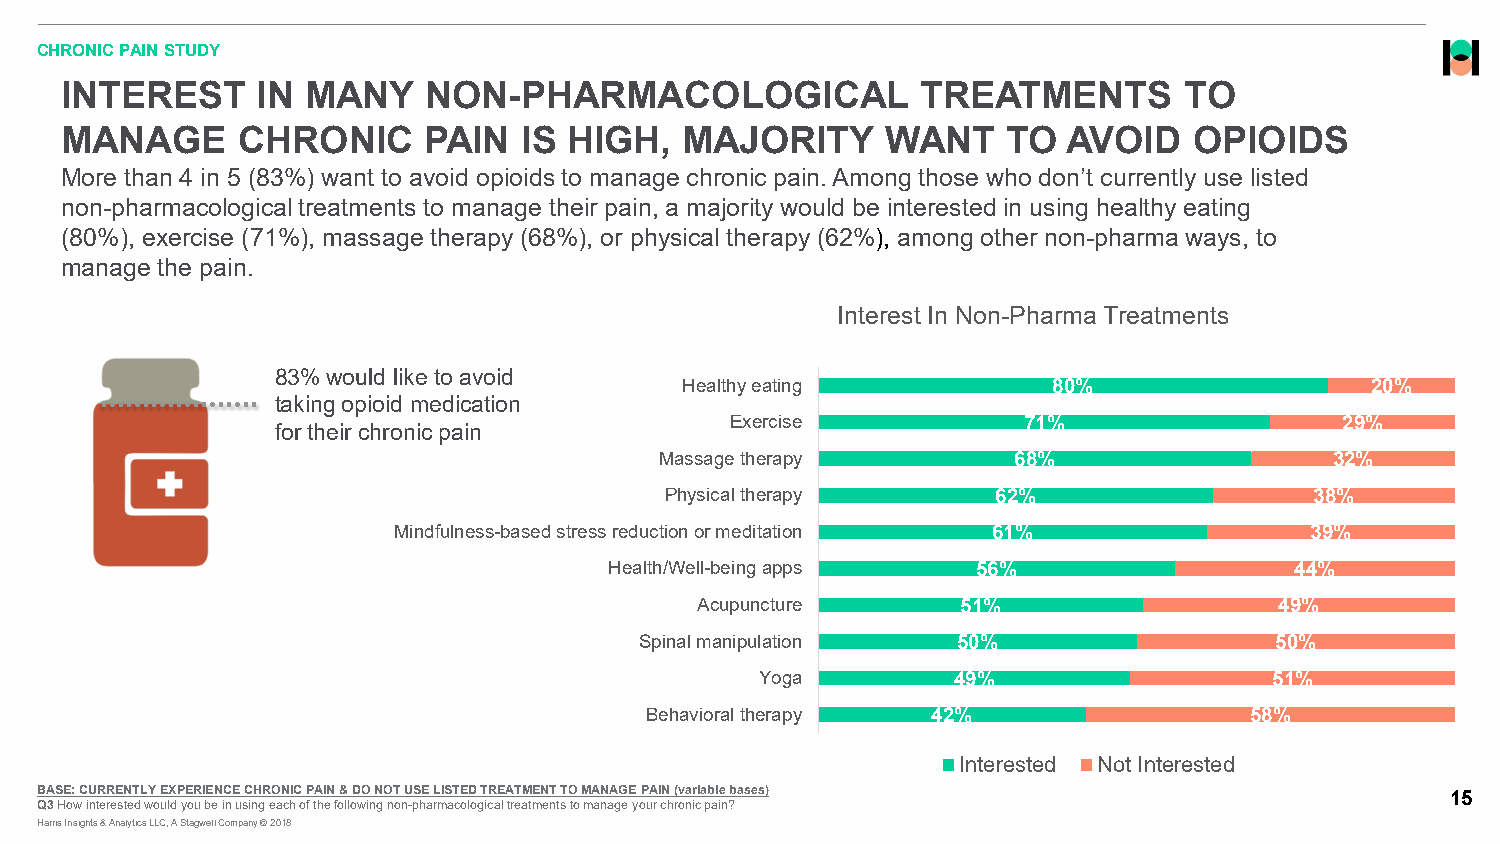
CHRONIC PAIN STUDY
 INTEREST     IN MANY    NON-PHARMACOLOGICAL              TREATMENTS       TO
 MANAGE      CHRONIC     PAIN  IS  HIGH,  MAJORITY      WANT    TO  AVOID   OPIOIDS
 More than 4 in 5 (83%) want to avoid opioids to manage chronic pain. Among those who don’t currently use listed
 non-pharmacological treatments to manage their pain, a majority would be interested in using healthy eating
 (80%), exercise (71%), massage therapy (68%), or physical therapy (62%), among other non-pharma ways, to
 manage the pain.
 Interest In Non-Pharma Treatments
 83% would like to avoid
 Healthy eating           80%                  20%
 taking opioid medication
 Exercise            71%                  29%
 for their chronic pain
 Massage therapy        68%                  32%
 Physical therapy      62%                  38%
 Mindfulness-based stress reduction or meditation 61%         39%
 Health/Well-being apps   56%                  44%
 Acupuncture       51%                  49%
 Spinal manipulation  50%                  50%
 Yoga         49%                  51%
 Behavioral therapy 42%                  58%
 Interested Not Interested
 BASE: CURRENTLY EXPERIENCE CHRONIC PAIN & DO NOT USE LISTED TREATMENT TO MANAGE PAIN (variable bases) 15
 Q3 How interested would you be in using each of the following non-pharmacological treatments to manage your chronic pain?
 Harris Insights & Analytics LLC, A Stagwell Company © 2018